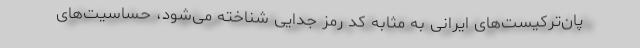
پان‌ترکیست‌های ایرانی به مثابه کد رمز جدایی شناخته می‌شود، حساسیت‌های